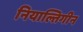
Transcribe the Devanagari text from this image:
नियाल्तिगीन